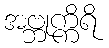
အဗ္ဘုက္ကိရိ